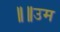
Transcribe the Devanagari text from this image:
॥॥उम